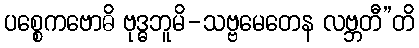
ပစ္စေကဗောဓိ ဗုဒ္ဓဘူမိ-သဗ္ဗမေတေန လဗ္ဘတီ”တိ